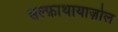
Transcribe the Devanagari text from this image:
सल्फ़ाथायाज़ोल